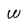
Character: W